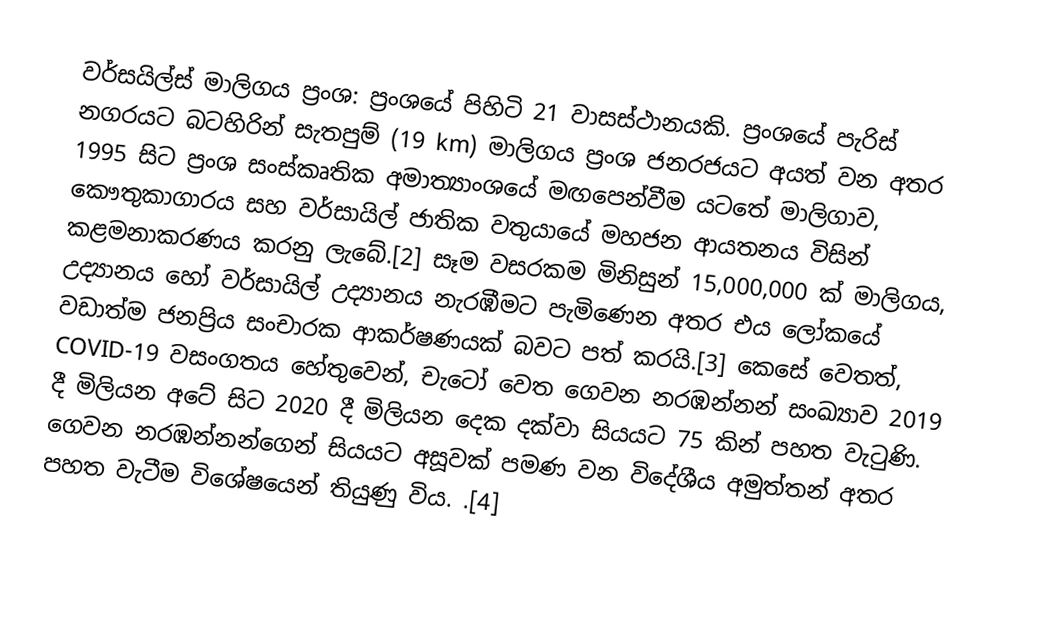
වර්සයිල්ස් මාලිගය ප්‍රංශ: ප්‍රංශයේ  පිහිටි 21 වාසස්ථානයකි. ප්‍රංශයේ පැරිස් නගරයට බටහිරින් සැතපුම් (19 km) මාලිගය ප්‍රංශ ජනරජයට අයත් වන අතර 1995 සිට ප්‍රංශ සංස්කෘතික අමාත්‍යාංශයේ මඟපෙන්වීම යටතේ මාලිගාව, කෞතුකාගාරය සහ වර්සායිල් ජාතික වතුයායේ මහජන ආයතනය විසින් කළමනාකරණය කරනු ලැබේ.[2] සෑම වසරකම මිනිසුන් 15,000,000 ක් මාලිගය, උද්‍යානය හෝ වර්සායිල් උද්‍යානය නැරඹීමට පැමිණෙන අතර එය ලෝකයේ වඩාත්ම ජනප්‍රිය සංචාරක ආකර්ෂණයක් බවට පත් කරයි.[3] කෙසේ වෙතත්, COVID-19 වසංගතය හේතුවෙන්, චැටෝ වෙත ගෙවන නරඹන්නන් සංඛ්‍යාව 2019 දී මිලියන අටේ සිට 2020 දී මිලියන දෙක දක්වා සියයට 75 කින් පහත වැටුණි. ගෙවන නරඹන්නන්ගෙන් සියයට අසූවක් පමණ වන විදේශීය අමුත්තන් අතර පහත වැටීම විශේෂයෙන් තියුණු විය. .[4]